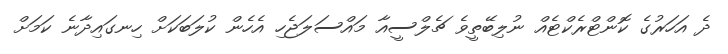
ދެ އަހަރުގެ ކޮންޓްރެކްޓެއް ނުލިބޭތީވެ ޗެލްސީއާ މައްސަލަޖެހި އެހެން ކުލަބަކަށް ހިނގައިދާނެ ކަމަށް